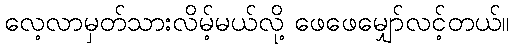
လေ့လာမှတ်သားလိမ့်မယ်လို့ ဖေဖေမျှော်လင့်တယ်။